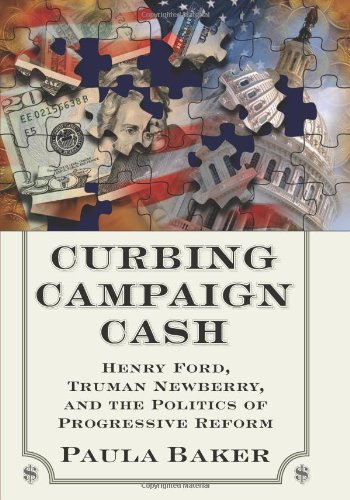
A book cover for Curbing Campaign Cash: Henry Ford, Truman Newberry, and the Politics of Progressive Reform; Paula Baker; Law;